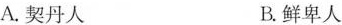
A.契丹人 B.鲜卑人